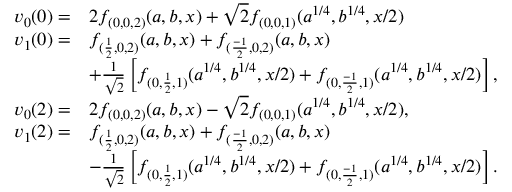
\begin{array} { r l } { v _ { 0 } ( 0 ) = } & { 2 f _ { ( 0 , 0 , 2 ) } ( a , b , x ) + \sqrt { 2 } f _ { ( 0 , 0 , 1 ) } ( a ^ { 1 / 4 } , b ^ { 1 / 4 } , x / 2 ) } \\ { v _ { 1 } ( 0 ) = } & { f _ { ( \frac { 1 } { 2 } , 0 , 2 ) } ( a , b , x ) + f _ { ( \frac { - 1 } { 2 } , 0 , 2 ) } ( a , b , x ) } \\ & { + \frac { 1 } { \sqrt { 2 } } \left[ f _ { ( 0 , \frac { 1 } { 2 } , 1 ) } ( a ^ { 1 / 4 } , b ^ { 1 / 4 } , x / 2 ) + f _ { ( 0 , \frac { - 1 } { 2 } , 1 ) } ( a ^ { 1 / 4 } , b ^ { 1 / 4 } , x / 2 ) \right] , } \\ { v _ { 0 } ( 2 ) = } & { 2 f _ { ( 0 , 0 , 2 ) } ( a , b , x ) - \sqrt { 2 } f _ { ( 0 , 0 , 1 ) } ( a ^ { 1 / 4 } , b ^ { 1 / 4 } , x / 2 ) , } \\ { v _ { 1 } ( 2 ) = } & { f _ { ( \frac { 1 } { 2 } , 0 , 2 ) } ( a , b , x ) + f _ { ( \frac { - 1 } { 2 } , 0 , 2 ) } ( a , b , x ) } \\ & { - \frac { 1 } { \sqrt { 2 } } \left[ f _ { ( 0 , \frac { 1 } { 2 } , 1 ) } ( a ^ { 1 / 4 } , b ^ { 1 / 4 } , x / 2 ) + f _ { ( 0 , \frac { - 1 } { 2 } , 1 ) } ( a ^ { 1 / 4 } , b ^ { 1 / 4 } , x / 2 ) \right] . } \end{array}